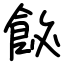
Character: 飶